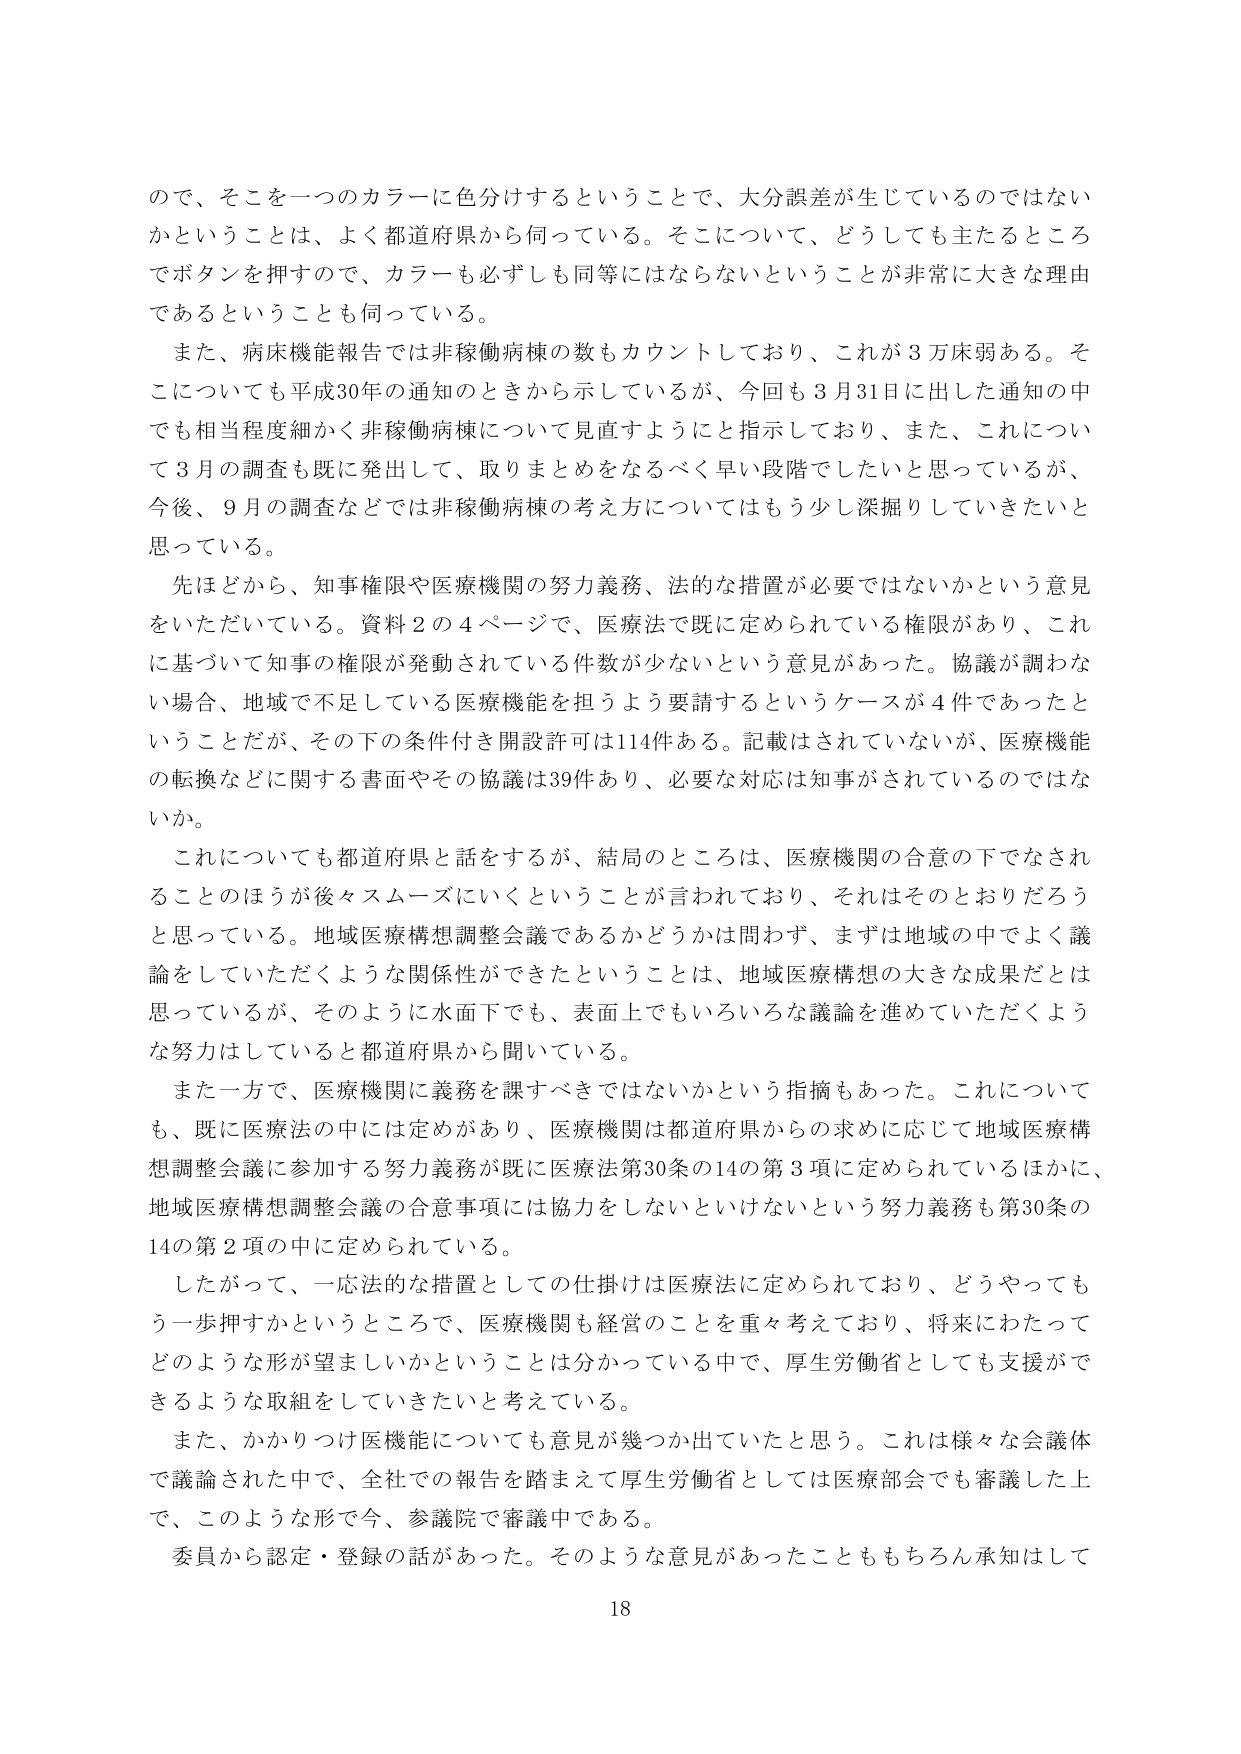
ので、そこを一つのカラーに色分けするということで、大分誤差が生じているのではない
かということは、よく都道府県から伺っている。そこについて、どうしても主たるところ
でボタンを押すので、カラーも必ずしも同等にはならないということが非常に大きな理由
であるということも伺っている。
また、病床機能報告では非稼働病棟の数もカウントしており、これが３万床弱ある。そ
こについても平成30年の通知のときから示しているが、今回も３月31日に出した通知の中
でも相当程度細かく非稼働病棟について見直すようにと指示しており、また、これについ
て３月の調査も既に発出して、取りまとめをなるべく早い段階でしたいと思っているが、
今後、９月の調査などでは非稼働病棟の考え方についてはもう少し深掘りしていきたいと
思っている。
先ほどから、知事権限や医療機関の努力義務、法的な措置が必要ではないかという意見
をいただいている。資料２の４ページで、医療法で既に定められている権限があり、これ
に基づいて知事の権限が発動されている件数が少ないという意見があった。協議が調わな
い場合、地域で不足している医療機能を担うよう要請するというケースが４件であったと
いうことだが、その下の条件付き開設許可は114件ある。記載はされていないが、医療機能
の転換などに関する書面やその協議は39件あり、必要な対応は知事がされているのではな
いか。
これについても都道府県と話をするが、結局のところは、医療機関の合意の下でなされ
ることのほうが後々スムーズにいくということが言われており、それはそのとおりだろう
と思っている。地域医療構想調整会議であるかどうかは問わず、まずは地域の中でよく議
論をしていただくような関係性ができたということは、地域医療構想の大きな成果だとは
思っているが、そのように水面下でも、表面上でもいろいろな議論を進めていただくよう
な努力はしていると都道府県から聞いている。
また一方で、医療機関に義務を課すべきではないかという指摘もあった。これについて
も、既に医療法の中には定めがあり、医療機関は都道府県からの求めに応じて地域医療構
想調整会議に参加する努力義務が既に医療法第30条の14の第３項に定められているほかに、
地域医療構想調整会議の合意事項には協力をしないといけないという努力義務も第30条の
14の第２項の中に定められている。
したがって、一応法的な措置としての仕掛けは医療法に定められており、どうやっても
う一歩押すかというところで、医療機関も経営のことを重々考えており、将来にわたって
どのような形が望ましいかということは分かっている中で、厚生労働省としても支援がで
きるような取組をしていきたいと考えている。
また、かかりつけ医機能についても意見が幾つか出ていたと思う。これは様々な会議体
で議論された中で、全社での報告を踏まえて厚生労働省としては医療部会でも審議した上
で、このような形で今、参議院で審議中である。
委員から認定・登録の話があった。そのような意見があったことももちろん承知はして
18